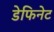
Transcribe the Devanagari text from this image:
डेफिनेट